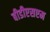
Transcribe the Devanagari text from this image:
बीडीएसएम